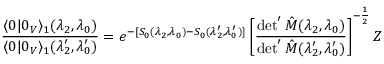
\frac { \langle 0 | 0 _ { V } \rangle _ { 1 } ( \lambda _ { 2 } , \lambda _ { 0 } ) } { \langle 0 | 0 _ { V } \rangle _ { 1 } ( { \lambda } _ { 2 } ^ { \prime } , { \lambda } _ { 0 } ^ { \prime } ) } = e ^ { - [ S _ { 0 } ( \lambda _ { 2 } , \lambda _ { 0 } ) - S _ { 0 } ( \lambda _ { 2 } ^ { \prime } , \lambda _ { 0 } ^ { \prime } ) ] } \left[ \frac { \operatorname * { d e t } ^ { \prime } \hat { { \cal M } } ( \lambda _ { 2 } , \lambda _ { 0 } ) } { \operatorname * { d e t } ^ { \prime } \hat { { \cal M } } ( \lambda _ { 2 } ^ { \prime } , \lambda _ { 0 } ^ { \prime } ) } \right] ^ { - \frac 1 2 } { \cal Z }